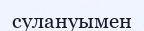
сулануымен